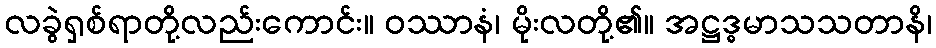
လခွဲရှစ်ရာတို့လည်းကောင်း။ ဝဿာနံ၊ မိုးလတို့၏။ အဋ္ဌဒ္ဓမာသသတာနိ၊